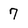
Character: 7